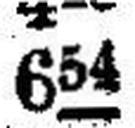
654